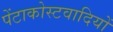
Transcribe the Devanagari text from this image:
पेंटाकोस्टवादियों